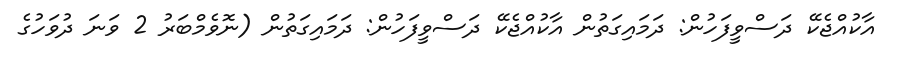
އާކުއްޖެކޭ ދަސްވީފަހުން: ދަމައިގަތުން އާކުއްޖެކޭ ދަސްވީފަހުން: ދަމައިގަތުން (ނޮވެމްބަރު 2 ވަނަ ދުވަހުގެ